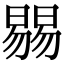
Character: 𣊷